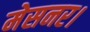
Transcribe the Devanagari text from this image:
मेसनर।